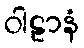
ဝါဠာနံ